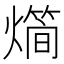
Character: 𤐎